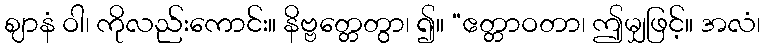
ဈာနံ ဝါ၊ ကိုလည်းကောင်း။ နိဗ္ဗတ္တေတွာ၊ ၍။ “ဧတ္တာဝတာ၊ ဤမျှဖြင့်။ အလံ၊